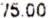
75.00